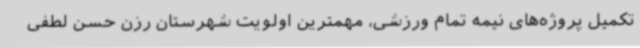
تکمیل پروژه‌های نیمه تمام ورزشی، مهمترین اولویت شهرستان رزن حسن لطفی